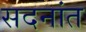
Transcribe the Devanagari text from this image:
सदनांत